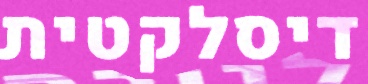
דיסלקטית